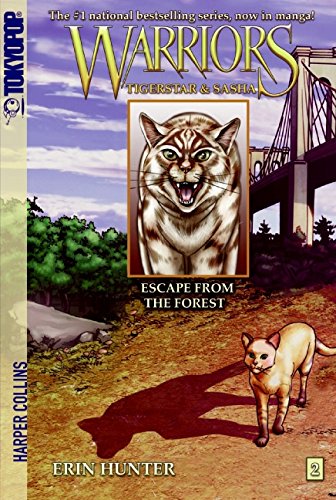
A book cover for Escape from the Forest (Warriors: Tigerstar and Sasha, No. 2); Erin Hunter; Children's Books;